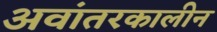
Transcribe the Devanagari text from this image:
अवांतरकालीन